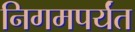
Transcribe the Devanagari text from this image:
निगमपर्यंत